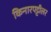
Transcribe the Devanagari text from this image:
किनारपट्टीलर